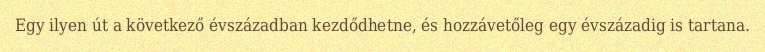
Egy ilyen út a következő évszázadban kezdődhetne, és hozzávetőleg egy évszázadig is tartana.